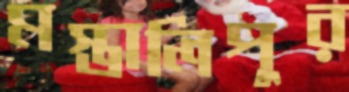
মস্তালিপুর